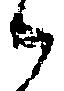
候